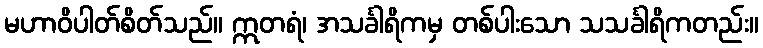
မဟာဝိပါတ်စိတ်သည်။ ဣတရံ၊ အသင်္ခါရိကမှ တစ်ပါးသော သသင်္ခါရိကတည်း။